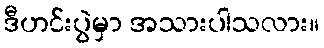
ဒီဟင်းပွဲမှာ အသားပါသလား။